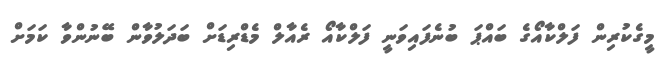
މީގެކުރިން ފަލްކާއޯގެ ބައްޕަ ބުނެފައިވަނީ ފަލްކާއޯ ރެއާލް މެޑްރިޑަށް ބަދަލުވާން ބޭނުންވާ ކަމަށް